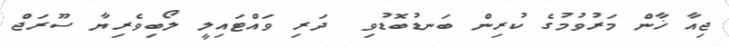
ޖިއާ ޚާން މަރުވުމުގެ ކުރިން ބަނޑުބޮޑުވި  ދަރި ވައްޓައިލީ ލޯބިވެރިޔާ ސޫރަޖް